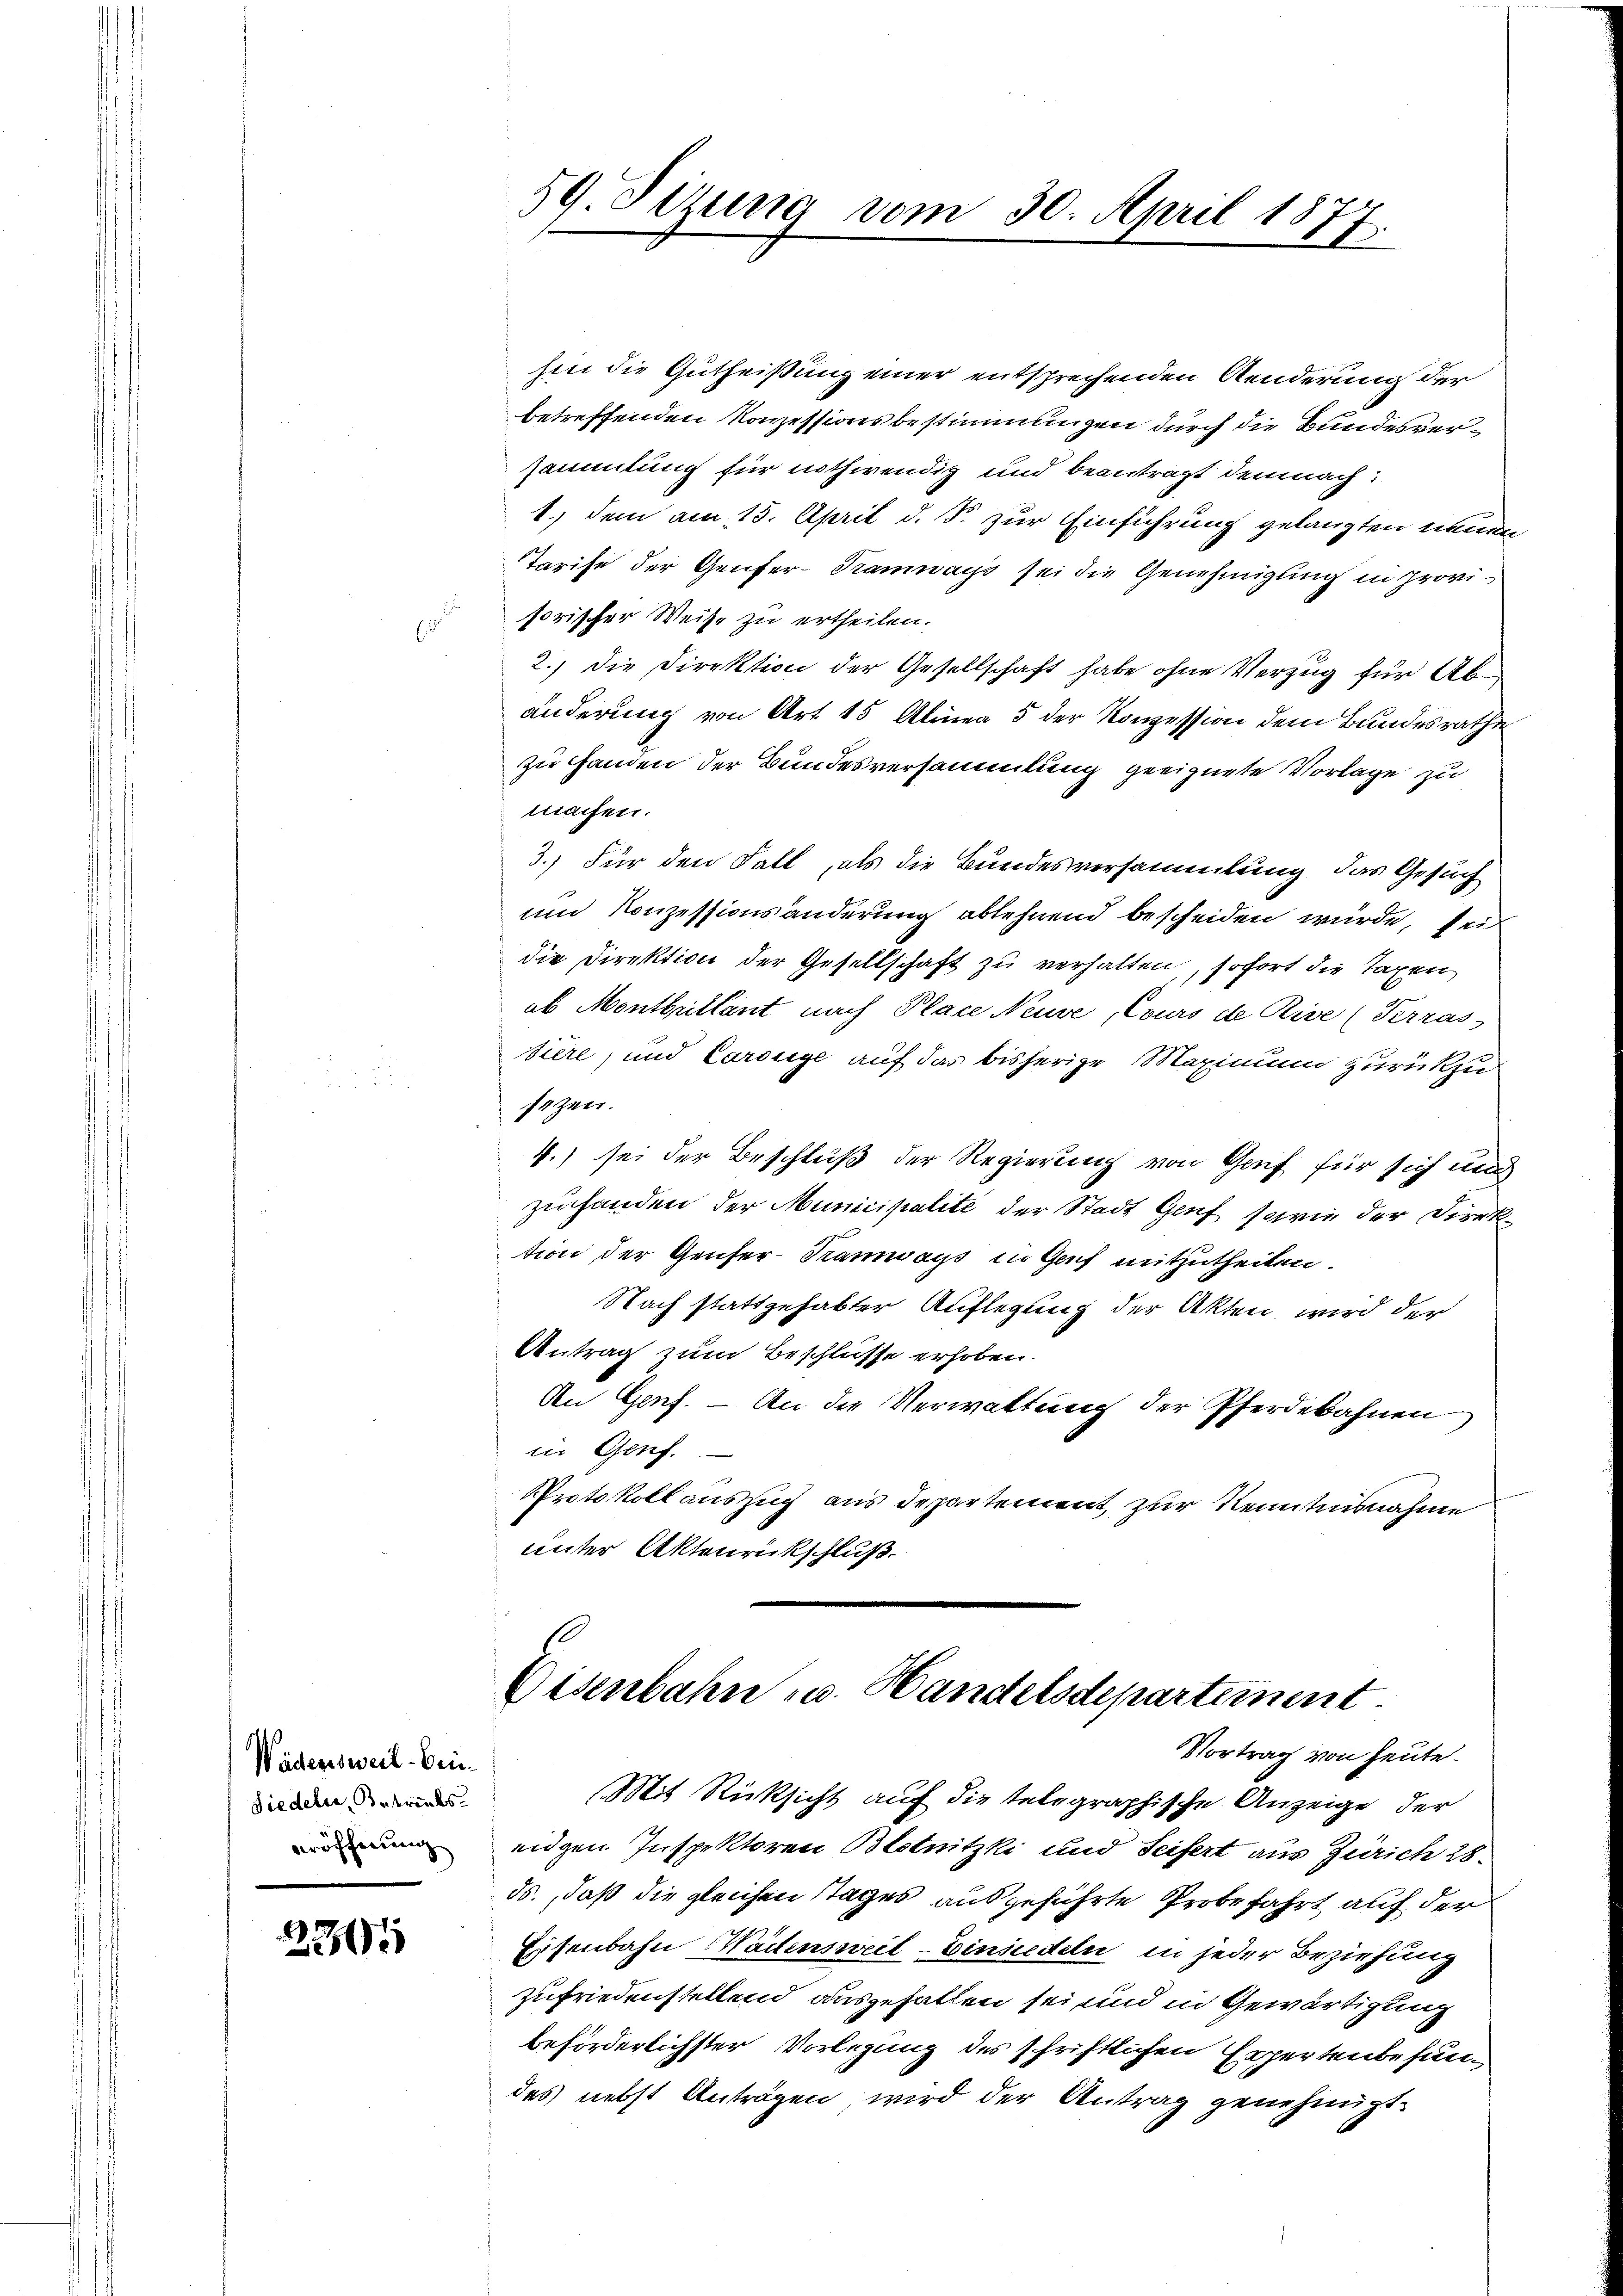
Wädenswert-Brie¬
Siedelin, Betreits-
eröffnung

2361

59. Sizung vom 30. April 1877.

hin die Gutheißung einer entsprechenden Aenderung der
betreffenden Konzessionsbestimmungen durch die Bundesversammlung für nothwendig und beantragt demnach:
1.) dem am 15. April d. S. zur Einführung gelangten neuen
Tarife der Genfer-Tramways sei die Genehmigung in provisorischer Weise zu ertheilen.
2.) Die Direktion der Gesellschaft habe ohne Verzug für Abänderung von Art. 15 Alinea 5 der Konzession dem Bundesrathe
zu Handen der Bundesversammlung geeignete Vorlage zu
machen.
3.) Für den Fall, als die Bundesversammlung das Gesuch
und Konzessionsänderung ablehnend bescheiden würde, seit
die Direktion der Gesellschaft zu verhalten, sofort die Taxen
ob Montbüllant nach Place Neuve, Cours de Rive (Terras
siere, und Carsige auf das bisherige Maximum zurückzu
sezen.
4.) sei der Beschluß der Regierung von Gruf für sich mi
zuhanden der Municipalité der Stadt Genf sowie der Direk
tion der Genfer-Tramways in Genf mitzutheilen.
Nach stattgehabter Auflegung der Akten wird der
Antrag zum Beschlüsse erhoben.
An Genf. – An die Verwaltung der Pferdebahnen
in Genf.
Protokoll auszug aus departement zur Kenntnisnahme
unter Aktenrückschluß.

Eisenbahn u. Handelsdepartement.
Vortrag von heute.

Mit Rücksicht auf die telegraphische Anzeige der
eiigen Inspektoren Blotnitzki und Seifert aus Zürich 28
ds., daß die gleichen Tages ausgeführte Probefahrt auf der
Eisenbahn Wädensweil–Einsiedeln in jeder Beziehung
zufriedenstellend ausgehalten sei und in Gewärtigung
beförderlichster Vorlegung des schriftlichen Expertenbefundes nebst Anträgen wird der Antrag genehmigt.